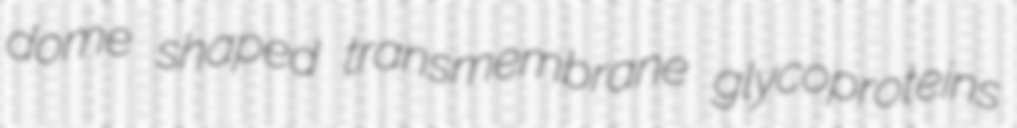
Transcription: dome shaped transmembrane glycoproteins